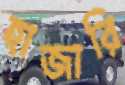
হাজারি